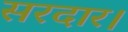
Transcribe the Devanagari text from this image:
सरदार।